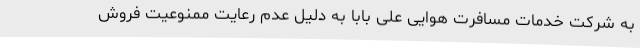
به شرکت خدمات مسافرت هوایی علی بابا به دلیل عدم رعایت ممنوعیت فروش